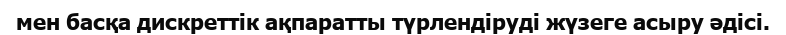
мен басқа дискреттік ақпаратты түрлендіруді жүзеге асыру әдісі.